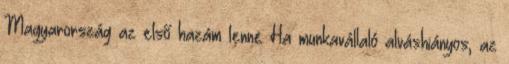
Magyarország az első hazám lenne Ha munkavállaló alváshiányos, az